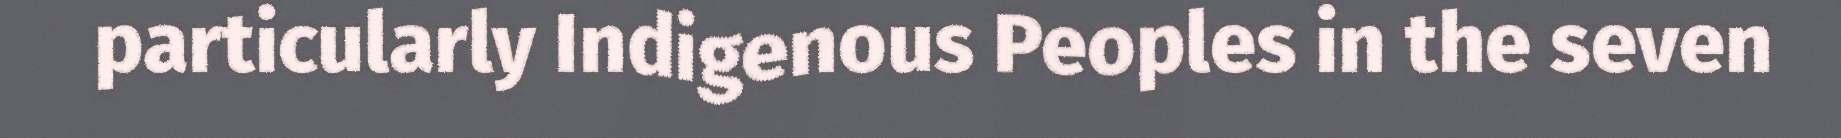
particularly Indigenous Peoples in the seven